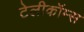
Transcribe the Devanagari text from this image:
टेलीकॉम्स